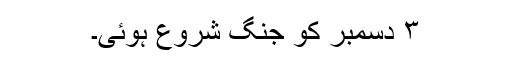
۳ دسمبر کو جنگ شروع ہوئی۔